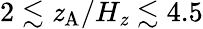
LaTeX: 2\lesssim\mathit{z}_{\mathrm{{A}}}/H_{\mathit{z}}\lesssim4.5